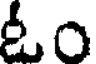
ఓం